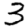
Digit: 3